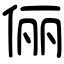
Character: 俪